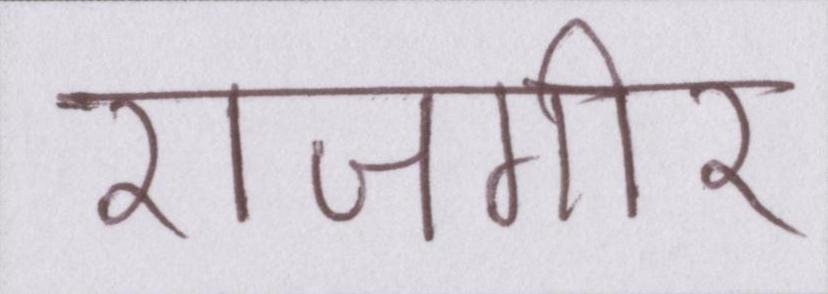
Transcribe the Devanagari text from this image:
राजगीर